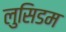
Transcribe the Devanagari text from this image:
लुसिडम